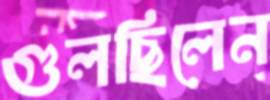
গুলছিলেন